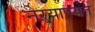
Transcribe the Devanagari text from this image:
नेऱ्यापर्यंत